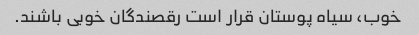
خوب، سیاه پوستان قرار است رقصندگان خوبی باشند.